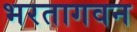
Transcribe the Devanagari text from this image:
भरतागवन